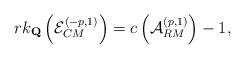
LaTeX: \begin{align*} rk_{\mathbf{Q}}\left(\mathcal{E}_{CM}^{(-p,1)}\right)=c\left(\mathcal{A}_{RM}^{(p,1)}\right)-1,\end{align*}